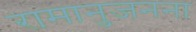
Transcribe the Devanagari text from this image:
रामानुजनना